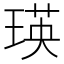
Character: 瑛